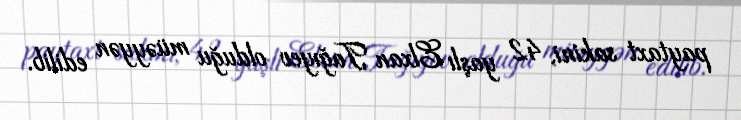
paytaxt sakini, 42 yaşlı Elxan Tağıyev olduğu müəyyən edilib.